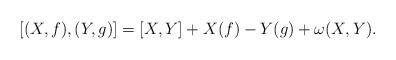
LaTeX: \begin{align*}[(X, f), (Y, g)]=[X, Y]+ X(f)-Y(g)+\omega(X, Y).\end{align*}